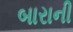
બારાની